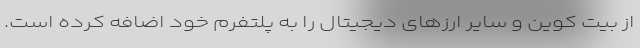
از بیت کوین و سایر ارزهای دیجیتال را به پلتفرم خود اضافه کرده است.